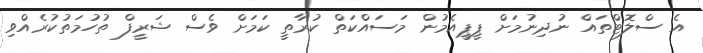
އެ ސްލޮޓްތައް ނުދިނުމަށް ޕީޕީއެމުން މަސައްކަތް ކުރާތީ ކަމަށް ވެސް ޝަރީފް ތުހުމަތުކުރެއްވި